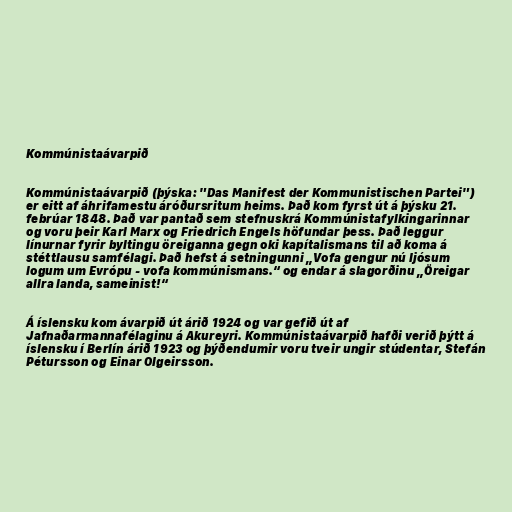
Kommúnistaávarpið

Kommúnistaávarpið (þýska: "Das Manifest der Kommunistischen Partei")
er eitt af áhrifamestu áróðursritum heims. Það kom fyrst út á þýsku 21.
febrúar 1848. Það var pantað sem stefnuskrá Kommúnistafylkingarinnar
og voru þeir Karl Marx og Friedrich Engels höfundar þess. Það leggur
línurnar fyrir byltingu öreiganna gegn oki kapítalismans til að koma á
stéttlausu samfélagi. Það hefst á setningunni „Vofa gengur nú ljósum
logum um Evrópu - vofa kommúnismans.“ og endar á slagorðinu „Öreigar
allra landa, sameinist!“

Á íslensku kom ávarpið út árið 1924 og var gefið út af
Jafnaðarmannafélaginu á Akureyri. Kommúnistaávarpið hafði verið þýtt á
íslensku í Berlín árið 1923 og þýðendumir voru tveir ungir stúdentar, Stefán
Pétursson og Einar Olgeirsson.